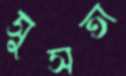
সুসতা